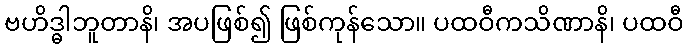
ဗဟိဒ္ဓါဘူတာနိ၊ အပဖြစ်၍ ဖြစ်ကုန်သော။ ပထဝီကသိဏာနိ၊ ပထဝီ